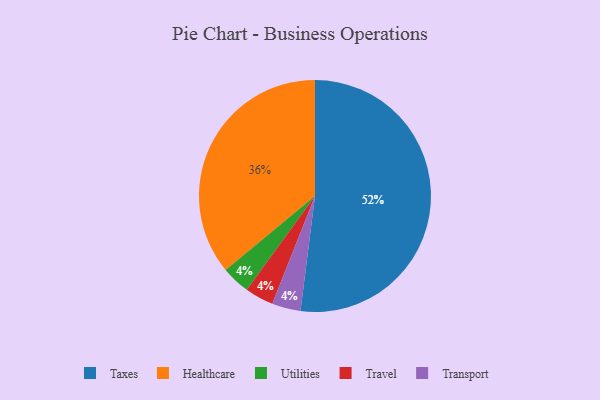
{"axis": {"x": "Category", "y": "Percentage"}, "legend": ["Healthcare", "Taxes", "Transport", "Travel", "Utilities"], "data": [{"x": "Utilities", "y": 4, "type": "Utilities"}, {"x": "Travel", "y": 4, "type": "Travel"}, {"x": "Taxes", "y": 52, "type": "Taxes"}, {"x": "Transport", "y": 4, "type": "Transport"}, {"x": "Healthcare", "y": 36, "type": "Healthcare"}]}